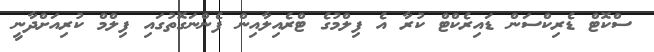
ސްކޮޓް ޑެރިކްސަން ޑައިރެކްޓް ކުރާ އެ ފިލްމުގެ ޓްރެއިލާއިން ފެންނަގޮތުގައި ފިލްމް ކުރިއަށްދާނީ